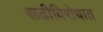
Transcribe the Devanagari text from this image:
रूढीविरोधात